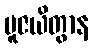
ပူဇယိတွာန